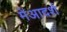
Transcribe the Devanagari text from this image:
मेंआदर्श